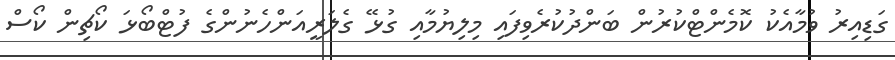
ގަޑިއިރު ވުމާއެކު ކޮމެންޓްކުރުން ބަންދުކުރެވިފައި މިލިޔުމާއި ގުޅޭ ގެލަރީއަންހެނުންގެ ފުޓްބޯޅަ ކޯޗިން ކޯސް